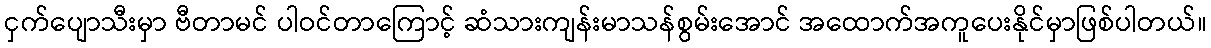
ငှက်ပျောသီးမှာ ဗီတာမင် ပါဝင်တာကြောင့် ဆံသားကျန်းမာသန်စွမ်းအောင် အထောက်အကူပေးနိုင်မှာဖြစ်ပါတယ်။